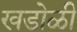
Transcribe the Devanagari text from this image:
खडोळी